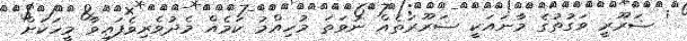
' ޟަރޫރީ ވަގުތުގެ މާނައަކީ ޟަރޫރަތެއް ނުވަތަ މުހިއްމު ކަމެއް މެދުވެރިވެފައިވާ މީހަކަށް